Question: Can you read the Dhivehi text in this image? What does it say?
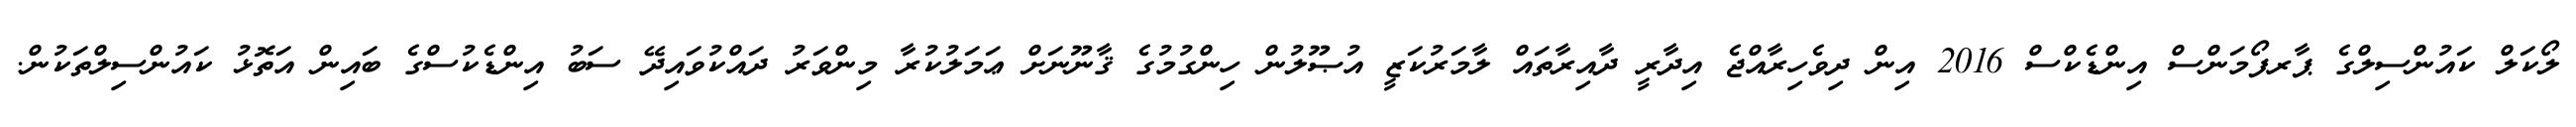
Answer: ލޯކަލް ކައުންސިލްގެ ޕާރފޯމަންސް އިންޑެކްސް 2016 އިން ދިވެހިރާއްޖެ އިދާރީ ދާއިރާތައް ލާމަރުކަޒީ އުޞޫލުން ހިންގުމުގެ ޤާނޫނަށް ޢަމަލުކުރާ މިންވަރު ދައްކުވައިދޭ ސަބު އިންޑެކުސްގެ ބައިން އަތޮޅު ކައުންސިލްތަކުން.